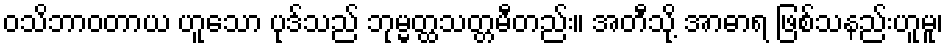
ဝသိဘာဝတာယ ဟူသော ပုဒ်သည် ဘုမ္မတ္ထသတ္တမီတည်း။ အတီသို့ အာဓာရ ဖြစ်သနည်းဟူမူ၊